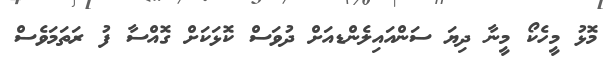
މޮޅު މީހެކޯ މީނާ ދިޔަ ސަންއައިލެންޑއަށް ދުވަސް ކޮޅަކަށް ގޮއްސާ ފު ރަތަމަވެސް